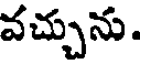
వచ్చును.